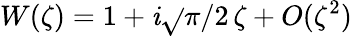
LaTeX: W(\zeta)=1+\mathit{i}\sqrt{}{{\pi/2}}\, \zeta+O(\zeta^{2})